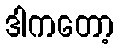
ဒါကတော့